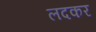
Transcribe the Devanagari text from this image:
लदकर